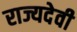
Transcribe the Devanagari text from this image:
राज्यदेवी